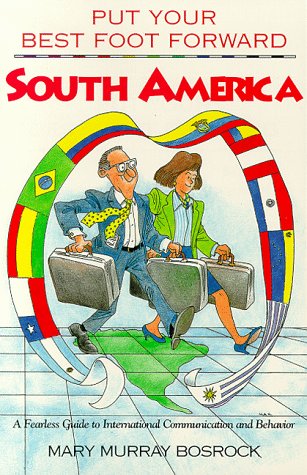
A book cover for Put Your Best Foot Forward-South America; Mary Murray Bosrock; Travel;